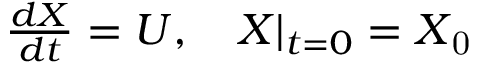
\begin{array} { r } { \frac { d \boldsymbol { X } } { d t } = \boldsymbol { U } , ~ ~ ~ \boldsymbol { X } | _ { t = 0 } = \boldsymbol { X } _ { \mathrm { 0 } } } \end{array}